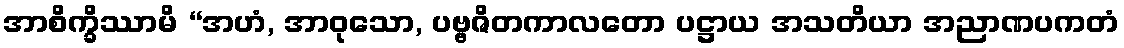
အာစိက္ခိဿာမိ “အဟံ, အာဝုသော, ပဗ္ဗဇိတကာလတော ပဋ္ဌာယ အသတိယာ အညာဏပကတံ